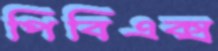
পিবিএক্স